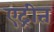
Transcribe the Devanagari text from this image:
एट्रीत